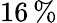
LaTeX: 16\, \%